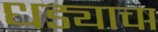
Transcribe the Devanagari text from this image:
धड्याचा